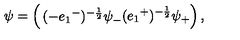
\psi = \left( \begin{matrix} { ( - e _ { 1 } { } ^ { - } ) ^ { - \frac { 1 } { 2 } } \psi _ { - } } \\ { ( e _ { 1 } { } ^ { + } ) ^ { - \frac { 1 } { 2 } } \psi _ { + } } \\ \end{matrix} \right) ,